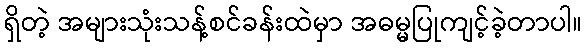
ရှိတဲ့ အများသုံးသန့်စင်ခန်းထဲမှာ အဓမ္မပြုကျင့်ခဲ့တာပါ။